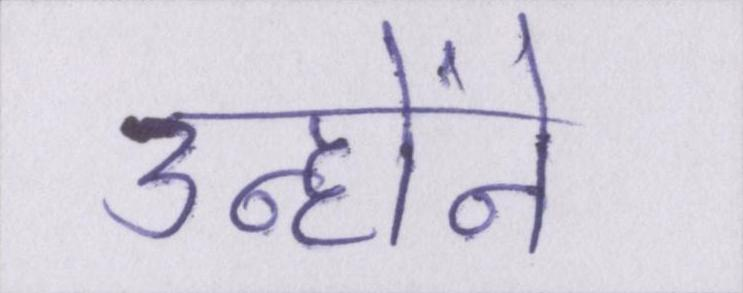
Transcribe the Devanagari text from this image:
उन्होंने